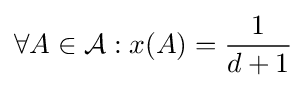
\forall A\in {\mathcal {A}}:x(A)={\frac {1}{d+1}}